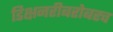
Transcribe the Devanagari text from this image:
डिक्षनरीबरोबरच